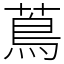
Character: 蔦